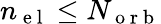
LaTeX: {n_{\mathrm{~e~l~}}}\leq N_{\mathrm{~o~r~b~}}